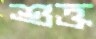
শুক্ত